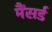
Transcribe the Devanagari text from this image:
मैंसर्ड